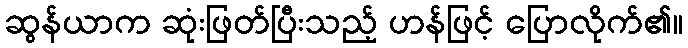
ဆွန်ယာက ဆုံးဖြတ်ပြီးသည့် ဟန်ဖြင့် ပြောလိုက်၏။